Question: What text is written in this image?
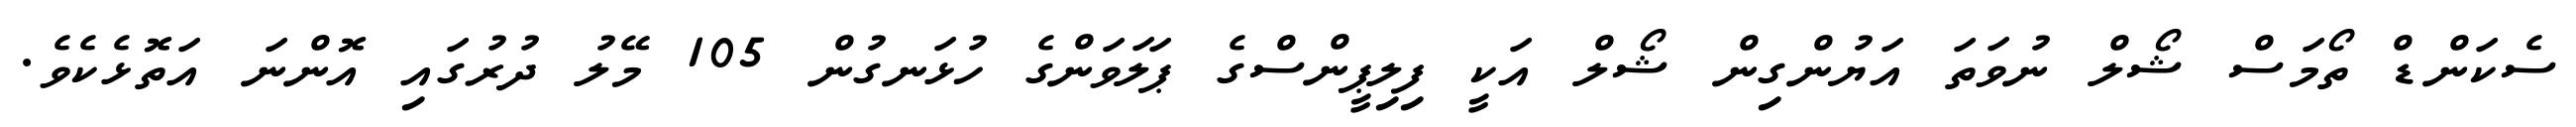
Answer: ސެކަންޑް ތޯމަސް ޝޯލް ނުވަތަ އަޔުންގިން ޝޯލް އަކީ ފިލިޕީންސްގެ ޕަލަވަންގެ ހުޅަނގުން 105 މޭލު ދުރުގައި އޮންނަ އަތޮޅެކެވެ.